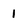
Character: 1